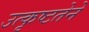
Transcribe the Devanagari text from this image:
उत्कृष्टतेने